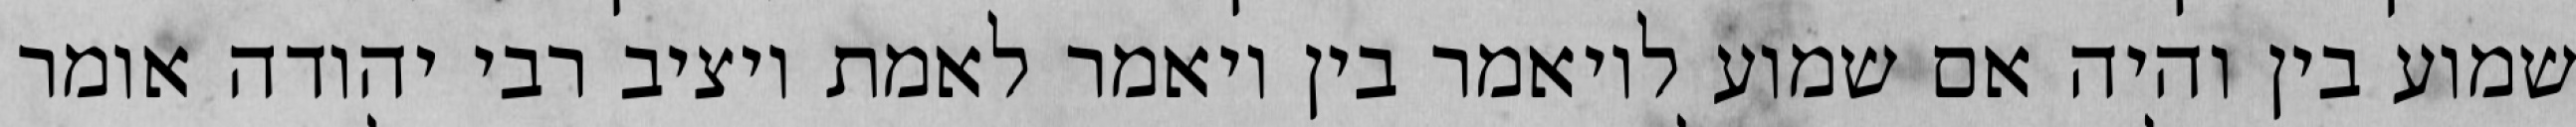
שמוע בין והיה אם שמוע לויאמר בין ויאמר לאמת ויציב רבי יהודה אומר